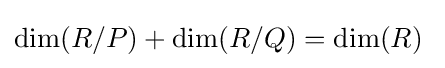
\dim(R/P)+\dim(R/Q)=\dim(R)\